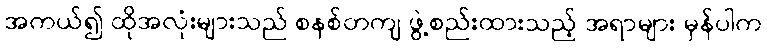
အကယ်၍ ထိုအလုံးများသည် စနစ်တကျ ဖွဲ့စည်းထားသည့် အရာများ မှန်ပါက